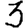
Digit: 3